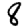
Digit: 8